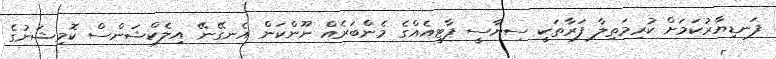
ފަނޑިޔާރުކަމަށް ކުރިމަތިލާ ފަރާތަކީ ސިޔާސީ ޕާޓީއެއްގެ މެންބަރެއް ނޫންކަން އެނގޭނޭ އިލެކްޝަންސް ކޮމިޝަނުގެ